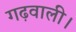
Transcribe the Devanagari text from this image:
गढ़वाली।